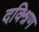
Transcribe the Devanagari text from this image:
दक्श्निण